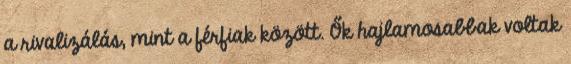
a rivalizálás, mint a férfiak között. Ők hajlamosabbak voltak